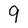
Character: 9